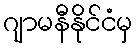
ဂျာမနီနိုင်ငံမှ